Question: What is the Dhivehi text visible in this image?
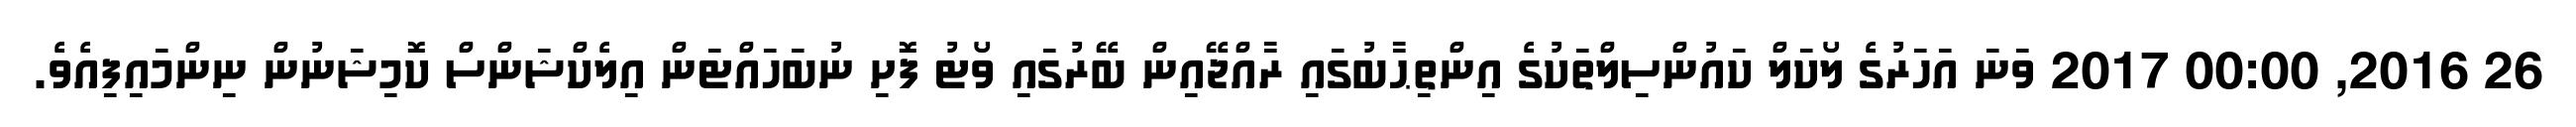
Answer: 26 2016, 00:00 2017 ވަނަ އަހަރުގެ ލޯކަލް ކައުންސިލްތަކުގެ އިންތިޙާބުގައި ރާއްޖޭއިން ބޭރުގައި ވޯޓު ފޮށި ނުބަހައްޓަން އިލެކްޝަންސް ކޮމިޝަނުން ނިންމައިފިއެވެ.